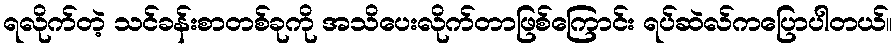
ရလိုက်တဲ့ သင်ခန်းစာတစ်ခုကို အသိပေးလိုက်တာဖြစ်ကြောင်း ရပ်ဆဲလ်ကပြောပါတယ်။